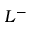
L ^ { - }